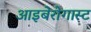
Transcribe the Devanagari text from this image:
आइबेरोगास्ट